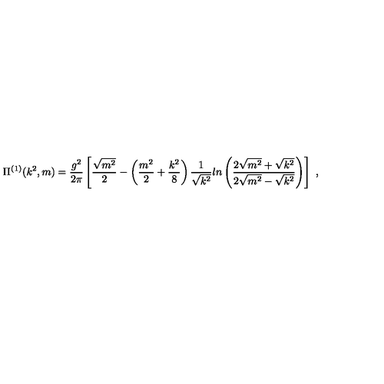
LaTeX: \Pi ^ { ( 1 ) } ( k ^ { 2 } , m ) = \frac { g ^ { 2 } } { 2 \pi } \left[ \frac { \sqrt { m ^ { 2 } } } { 2 } - \left( \frac { m ^ { 2 } } { 2 } + \frac { k ^ { 2 } } { 8 } \right) \frac { 1 } { \sqrt { k ^ { 2 } } } l n \left( \frac { 2 \sqrt { m ^ { 2 } } + \sqrt { k ^ { 2 } } } { 2 \sqrt { m ^ { 2 } } - \sqrt { k ^ { 2 } } } \right) \right] \ ,